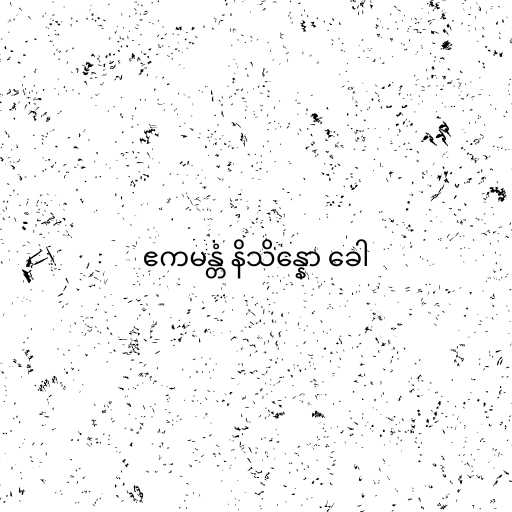
ဧကမန္တံ နိသိန္နော ခေါ